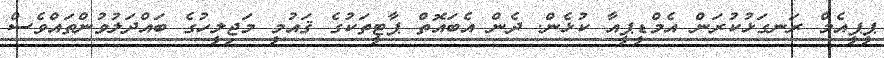
ޕީޕީއެމް ރަނގަޅުކުރަން އެމްޑީޕީއާ ކުޅެން. ދެން އެބައޮތް ޕާޓީތަކުގެ ޤައުމީ މަޖިލީހުގެ ބައްދަލުވުންތައްވެސް